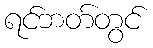
ရင်ဘတ်တွင်